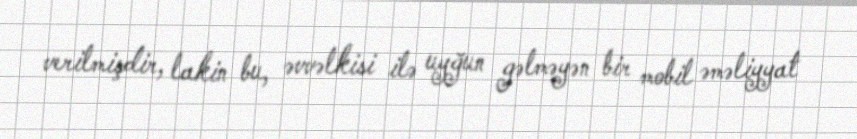
verilmişdir, lakin bu, əvvəlkisi ilə uyğun gəlməyən bir mobil əməliyyat